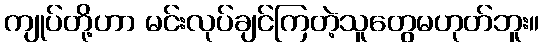
ကျုပ်တို့ဟာ မင်းလုပ်ချင်ကြတဲ့သူတွေမဟုတ်ဘူး။